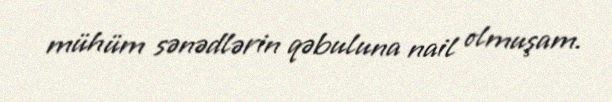
mühüm sənədlərin qəbuluna nail olmuşam.